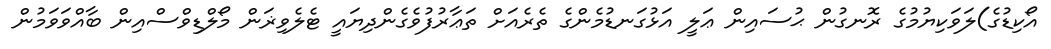
އޯކިޑުގެ)ލަވަކިޔުމުގެ ރޮނގުން ޙުސައިން ޢަލީ އަޅުގަނޑުމެންގެ ތެރެއަށް ތަޢާރުފުވެގެންދިޔައީ ޓެލެވިޜަން މޯލްޑިވްސްއިން ބާއްވަވަމުން